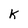
Character: K